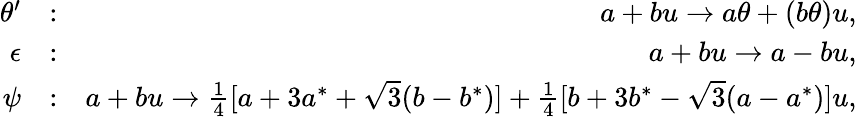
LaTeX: \begin{array}{rlr}{\theta^{\prime}}&{:}&{a+bu\rightarrow a\theta+(b\theta)u,}\\ {\epsilon}&{:}&{a+bu\rightarrow a-bu,}\\ {\psi}&{:}&{a+bu\rightarrow\frac{1}{4}[a+3a^{*}+\sqrt{3}(b-b^{*})]+\frac{1}{4}[b+3b^{*}-\sqrt{3}(a-a^{*})]u,}\end{array}